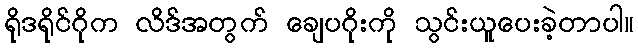
ရိုဒရိုင်ဂိုက လိဒ်အတွက် ချေပဂိုးကို သွင်းယူပေးခဲ့တာပါ။